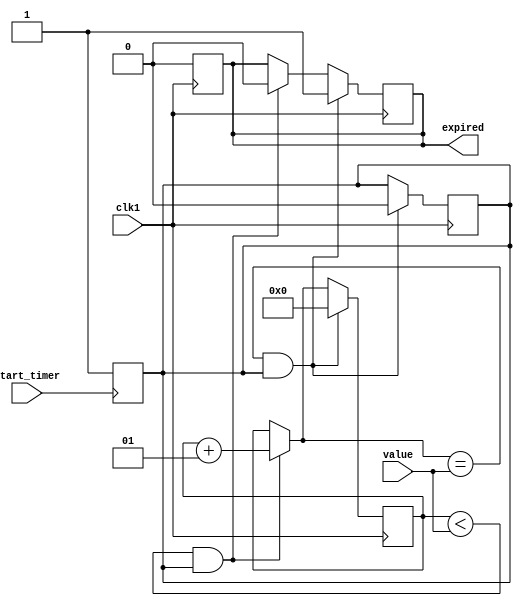
// Implementation of the timer
// timer will act as the exact clock 


module timer(clk1,value,start_timer,expired);

input clk1,start_timer;
input [3:0] value;

output reg expired;

reg temp;
integer count;

initial
	count = 0;

always @(negedge start_timer)
begin
	temp = 1'b1;
end

always @(posedge clk1)
begin
    
	if((count < value) &(temp == 1'b1))
	begin
		//$display("count= %d ",count);
		count = count + 1;
		expired  = 1'b0;
	end

	if((count == value) &(temp == 1'b1))
	begin
		expired = 1'b1;
		count = 1'b0;
		temp = 1'b0;
	end
	
end

always @(negedge clk1)
begin
  if(expired == 1'b1)
    expired = 1'b0;
end

endmodule